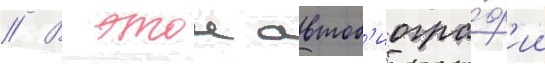
// В этои автоб'иогра́ф'ии